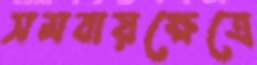
সমবায়ক্ষেত্রে